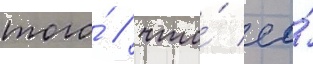
того́ / что́ ео́